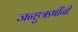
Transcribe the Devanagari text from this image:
जन्हुऋषींनी